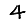
Digit: 4